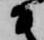
衛